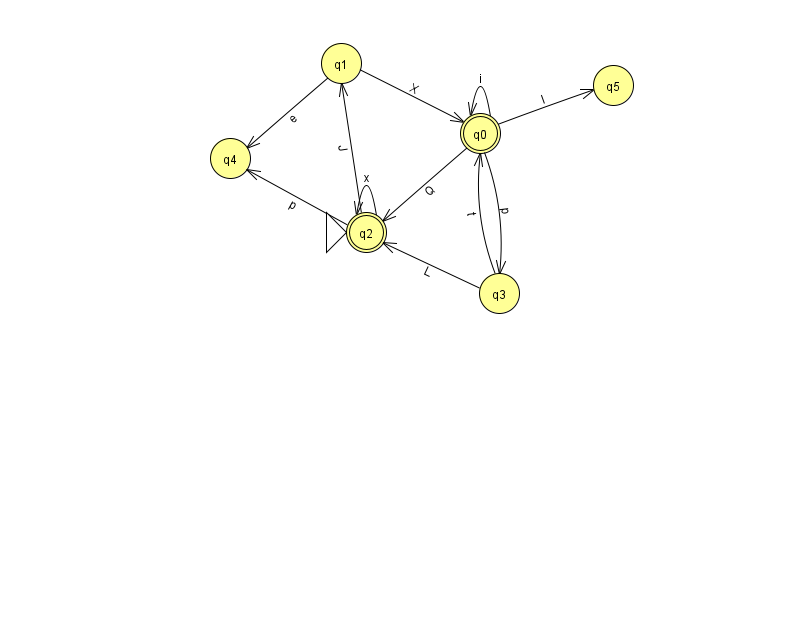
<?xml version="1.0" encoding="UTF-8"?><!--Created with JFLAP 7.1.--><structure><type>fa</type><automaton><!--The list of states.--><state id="0" name="q0"><x>480.0</x><y>120.0</y><final/></state><state id="1" name="q1"><x>341.0</x><y>50.0</y></state><state id="2" name="q2"><x>366.0</x><y>219.0</y><initial/><final/></state><state id="3" name="q3"><x>499.0</x><y>280.0</y></state><state id="4" name="q4"><x>230.0</x><y>145.0</y></state><state id="5" name="q5"><x>613.0</x><y>72.0</y></state><!--The list of transitions.--><transition><from>0</from><to>2</to><read>Q</read></transition><transition><from>0</from><to>3</to><read>p</read></transition><transition><from>3</from><to>0</to><read>t</read></transition><transition><from>2</from><to>2</to><read>x</read></transition><transition><from>0</from><to>0</to><read>i</read></transition><transition><from>1</from><to>4</to><read>e</read></transition><transition><from>2</from><to>4</to><read>p</read></transition><transition><from>3</from><to>2</to><read>L</read></transition><transition><from>0</from><to>5</to><read>l</read></transition><transition><from>1</from><to>0</to><read>X</read></transition><transition><from>2</from><to>1</to><read>J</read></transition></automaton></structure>